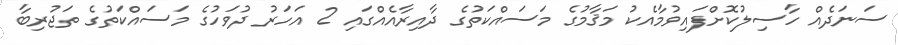
ސަނަދެއް ހާސިލުކޮށްފައިވުމާއެކު މަޤާމުގެ މަސައްކަތުގެ ދާއިރާއެއްގައި 2 އަހަރު ދުވަހުގެ މަސައްކަތުގެ ތަޖުރިބާ